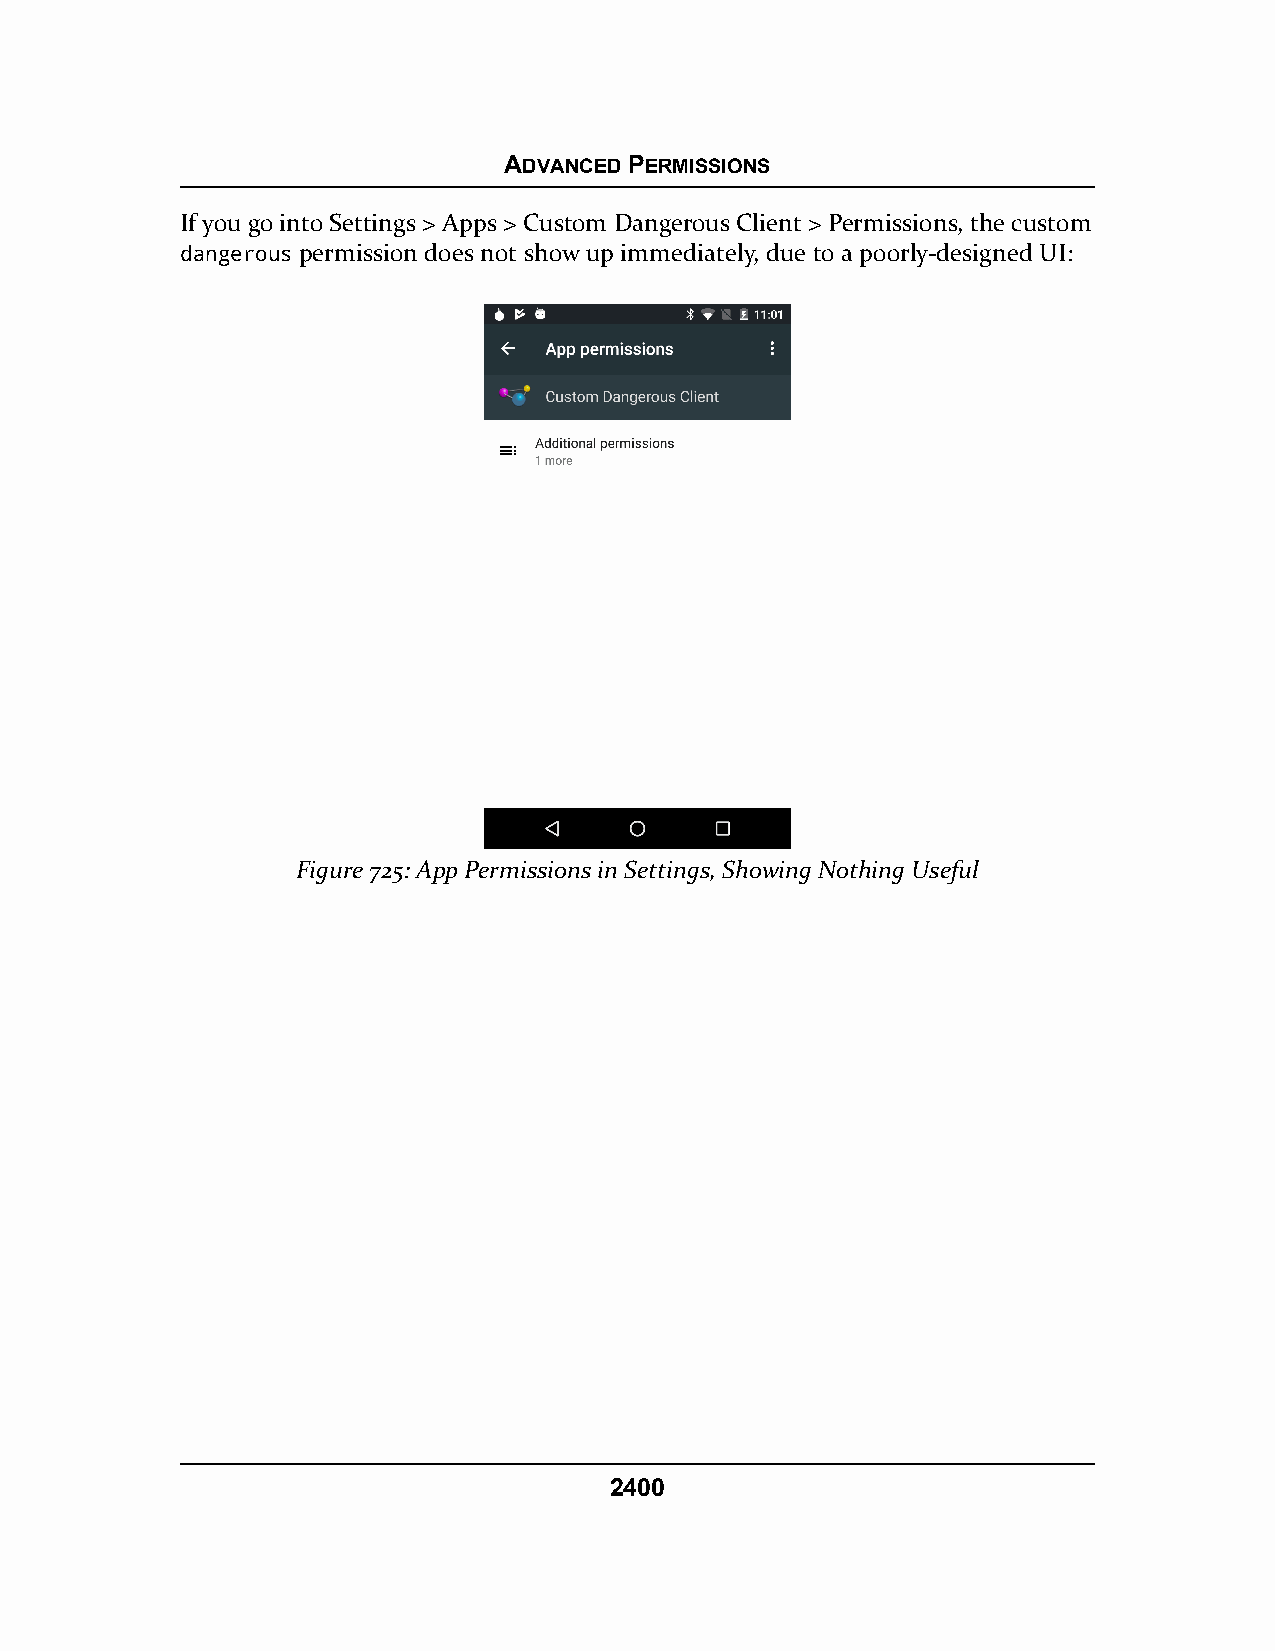
ADVANCED PERMISSIONS
 If you go into Settings > Apps > Custom Dangerous Client > Permissions, the custom
 dangerous permission does not show up immediately, due to a poorly-designed UI:
 Figure 725: App Permissions in Settings, Showing Nothing Useful
 2400